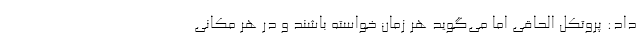
داد: پروتکل الحاقی اما می‌گوید هر زمان خواسته باشند و در هر مکانی